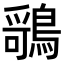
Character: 𬷤